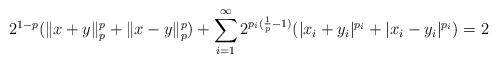
LaTeX: \begin{align*} 2^{1-p} (\|x+y\|_p^p + \|x-y\|_p^p) + \sum_{i=1}^\infty2^{p_i(\frac1p-1)} (|x_i+y_i|^{p_i}+|x_i-y_i|^{p_i}) =2\end{align*}